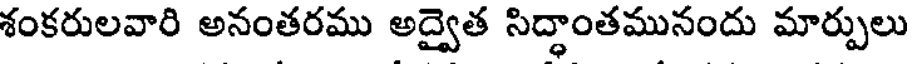
శంకరులవారి అనంతరము అద్వైత సిద్ధాంతమునందు మార్పులు